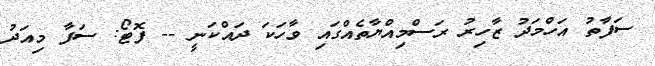
ސަފާތު އަހްމަދު ޒާހިރު ރަސްމިއްޔާތެެއްގައި ވާހަކަ ދައްކަނީ -- ފޮޓޯ: ސަފާ މިއަދު